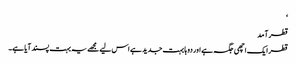
‘
قطر آمد
قطر ایک اچھی جگہ ہے اور دوہا بہت جدید ہے اس لیے مجھے یہ بہت پسند آیا ہے۔